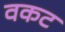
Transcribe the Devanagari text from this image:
वकट